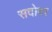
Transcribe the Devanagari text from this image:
सदोवर